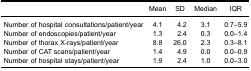
<table><thead><tr><td><b> </b></td><td><b>Mean</b></td><td><b>SD</b></td><td><b>Median</b></td><td><b>IQR</b></td></tr></thead><tbody><tr><td>Number of hospital consultations/patient/year</td><td>4.1</td><td>4.2</td><td>3.1</td><td>0.7–5.9</td></tr><tr><td>Number of endoscopies/patient/year</td><td>1.3</td><td>2.4</td><td>0.3</td><td>0.0–1.4</td></tr><tr><td>Number of thorax X-rays/patient/year</td><td>8.8</td><td>26.0</td><td>2.3</td><td>0.3–8.1</td></tr><tr><td>Number of CAT scans/patient/year</td><td>1.4</td><td>4.9</td><td>0.0</td><td>0.0–0.9</td></tr><tr><td>Number of hospital stays/patient/year</td><td>1.9</td><td>2.4</td><td>1.0</td><td>0.0–3.0</td></tr></tbody></table>